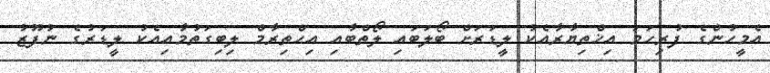
އެމީހުންގެ ފުރިހަމަ އިޚްތިޔާރާއެކު ލީޑަރަށް ބޯލަބައި ލޯތްބާއި އިޙްތިރާމް ލިބިގަތުމާއިއެކު ލީޑަރުގެ ނުފޫޒު